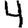
Digit: 4